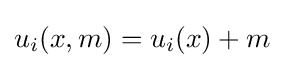
u_{i}(x,m)=u_{i}(x)+m